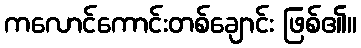
ကလောင်ကောင်းတစ်ချောင်း ဖြစ်၏။